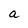
Character: a